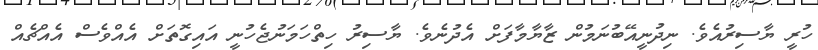
ހުރީ ޔާސިރުއެވެ. ނިދުނީއޭބުނަމުން ޒާޔާމާފަށް އެދުނެވެ. ޔާސިރު ހިތްހަމަނުޖެހުނީ އައިގޮތަށް އެއްވެސް އެއްޗެއް